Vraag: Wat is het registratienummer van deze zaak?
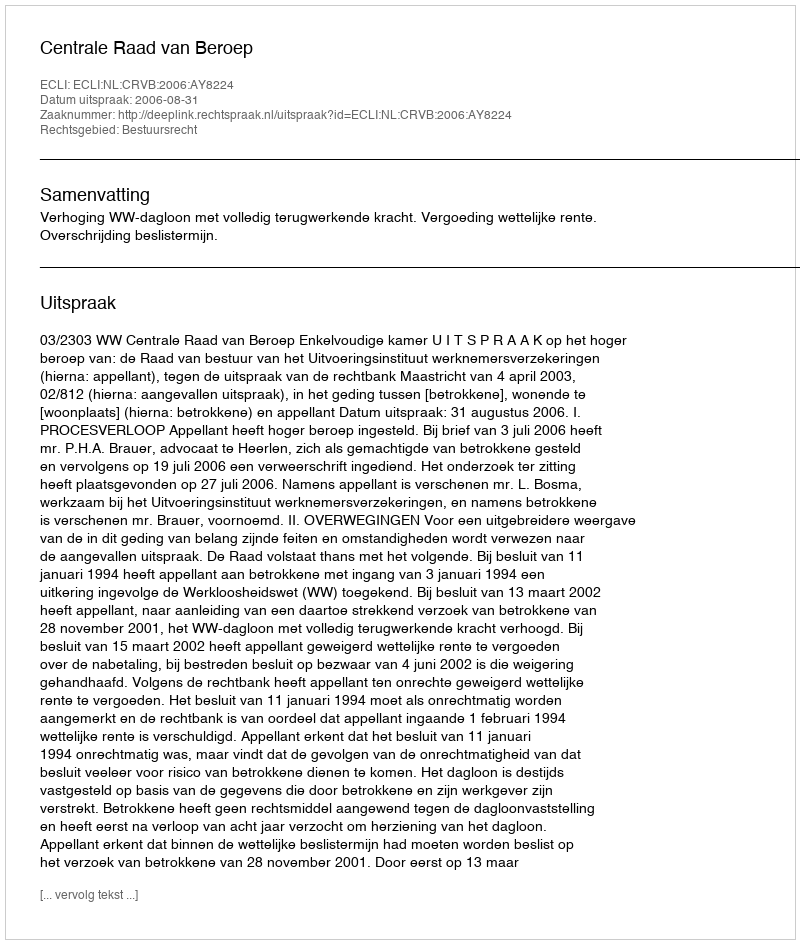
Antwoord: http://deeplink.rechtspraak.nl/uitspraak?id=ECLI:NL:CRVB:2006:AY8224